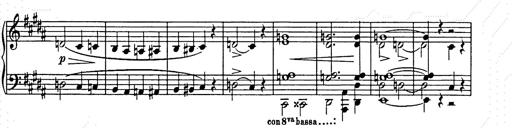
Title: Unstern!
Composer: Franz Liszt